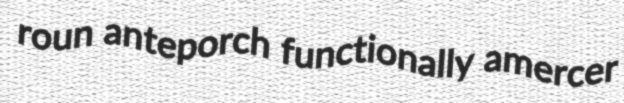
roun anteporch functionally amercer